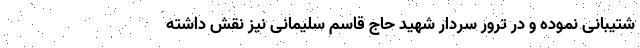
شتیبانی نموده و در ترور سردار شهید حاج قاسم سلیمانی نیز نقش داشته